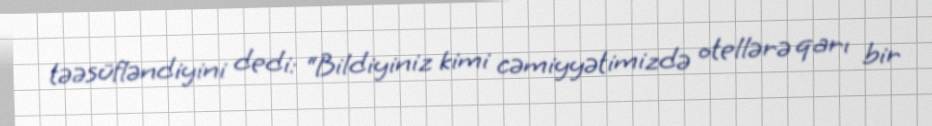
təəsüfləndiyini dedi: “Bildiyiniz kimi cəmiyyətimizdə otellərə qarı bir